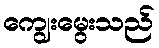
ကျွေးမွေးသည်